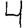
Digit: 4